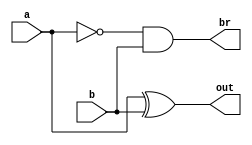
module half_sub(a, b, out, br);

input a;
input b;

output out;
output br;

assign out = a ^ b;
assign br = ~a & b;

endmodule